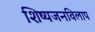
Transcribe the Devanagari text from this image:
शिष्यजनविलाप